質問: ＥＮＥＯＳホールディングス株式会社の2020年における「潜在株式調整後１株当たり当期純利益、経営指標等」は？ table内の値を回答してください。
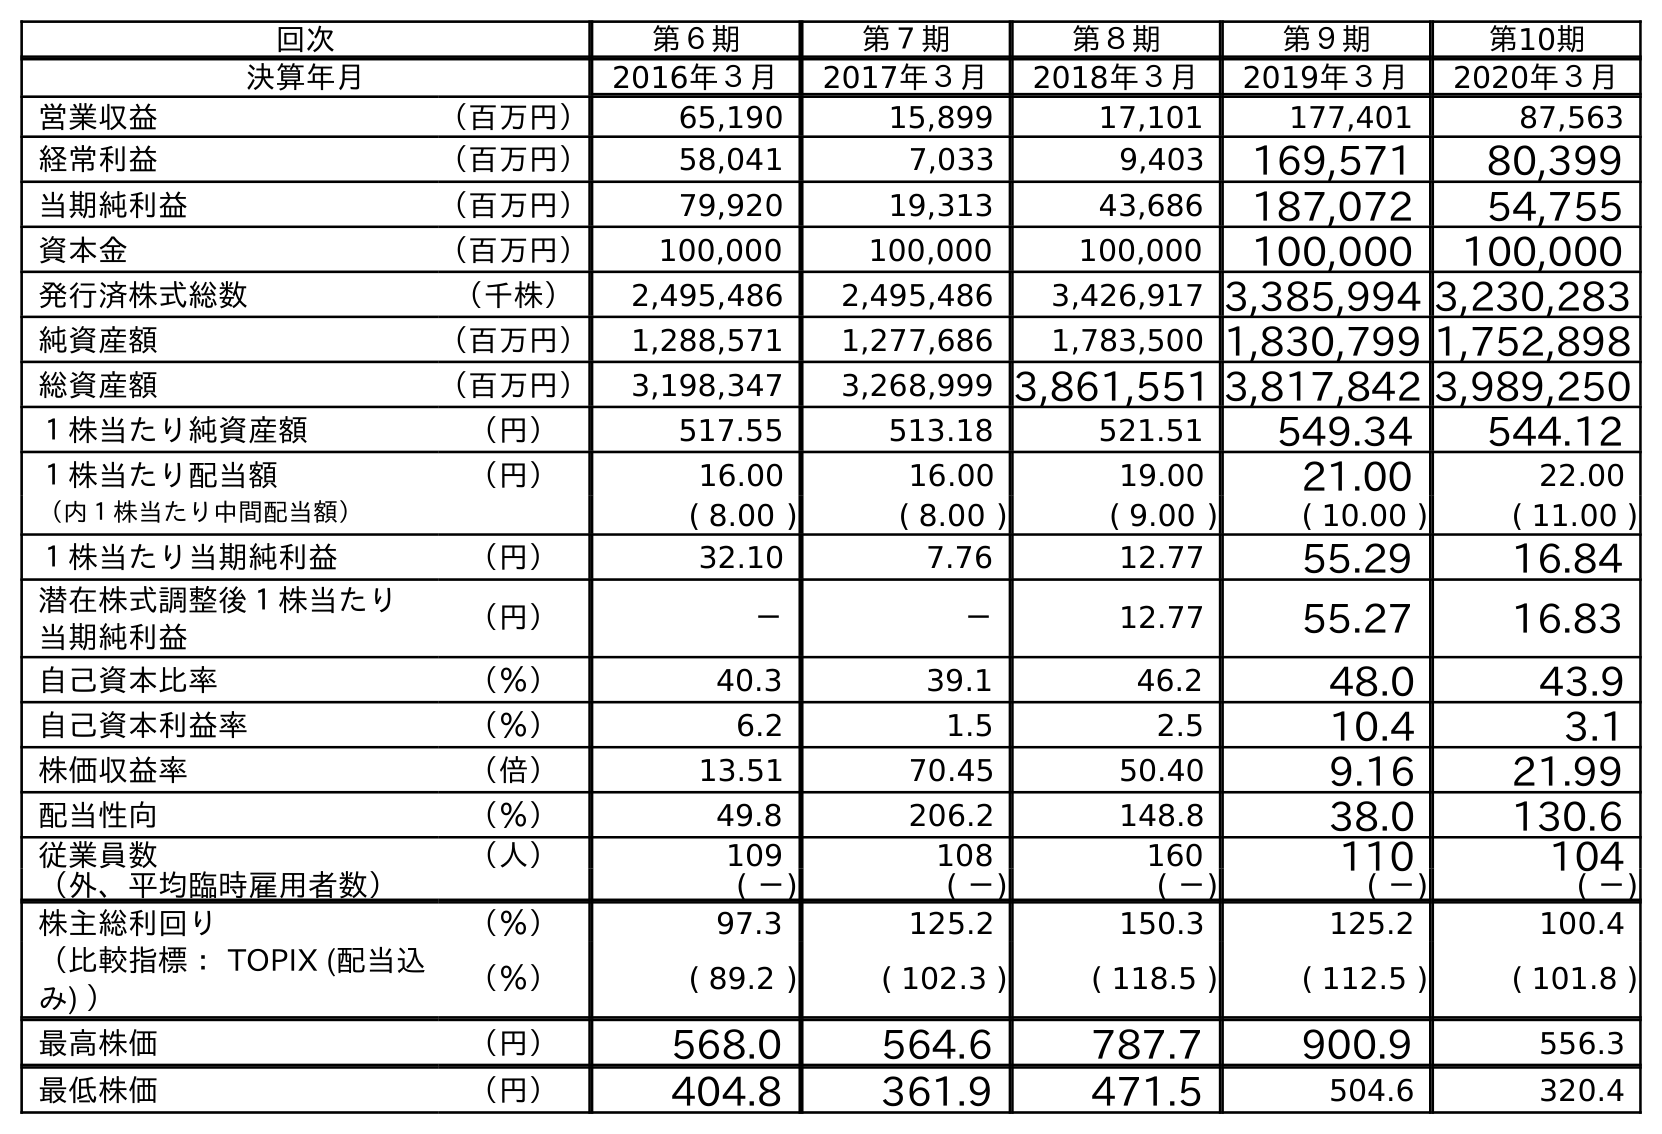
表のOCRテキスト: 回次 第６期 第７期 第８期 第９期 第10期 決算年月 2016年３月 2017年３月 2018年３月 2019年３月 2020年３月 営業収益 （百万円） 65,190 15,899 17,101 177,401 87,563 経常利益 （百万円） 58,041 7,033 9,403 169,571 80,399 当期純利益 （百万円） 79,920 19,313 43,686 187,072 54,755 資本金 （百万円） 100,000 100,000 100,000 100,000 100,000 発行済株式総数 （千株） 2,495,486 2,495,486 3,426,917 3,385,994 3,230,283 純資産額 （百万円） 1,288,571 1,277,686 1,783,500 1,830,799 1,752,898 総資産額 （百万円） 3,198,347 3,268,999 3,861,551 3,817,842 3,989,250 １株当たり純資産額 （円） 517.55 513.18 521.51 549.34 544.12 １株当たり配当額 （円） 16.00 16.00 19.00 21.00 22.00 （内１株当たり中間配当額） ( 8.00 ) ( 8.00 ) ( 9.00 ) ( 10.00 ) ( 11.00 ) １株当たり当期純利益 （円） 32.10 7.76 12.77 55.29 16.84 潜在株式調整後１株当たり 当期純利益 （円） － － 12.77 55.27 16.83 自己資本比率 （％） 40.3 39.1 46.2 48.0 43.9 自己資本利益率 （％） 6.2 1.5 2.5 10.4 3.1 株価収益率 （倍） 13.51 70.45 50.40 9.16 21.99 配当性向 （％） 49.8 206.2 148.8 38.0 130.6 従業員数 （人） 109 108 160 110 104 （外、平均臨時雇用者数） ( －) ( －) ( －) ( －) ( －) 株主総利回り （％） 97.3 125.2 150.3 125.2 100.4 （比較指標： TOPIX (配当込 み) ） （％） ( 89.2 ) ( 102.3 ) ( 118.5 ) ( 112.5 ) ( 101.8 ) 最高株価 （円） 568.0 564.6 787.7 900.9 556.3 最低株価 （円） 404.8 361.9 471.5 504.6 320.4
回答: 16.83